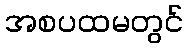
အစပထမတွင်